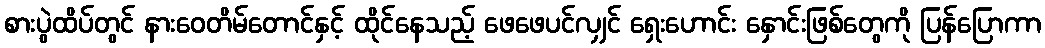
စားပွဲထိပ်တွင် နားဝေတိမ်တောင်နှင့် ထိုင်နေသည့် ဖေဖေပင်လျှင် ရှေးဟောင်း နှောင်းဖြစ်တွေကို ပြန်ပြောကာ